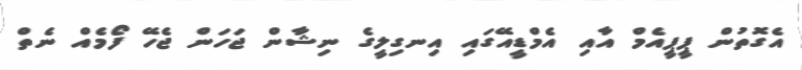
އެގޮތުން ޕީޕީއެމް އާއި އެމްޑީއޭގައި އިނގިލީގެ ނިޝާން ޖަހަން ޖެހޭ ފޯމެއް ނެތް